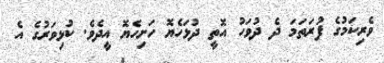
ވެރިކަމުގެ ފުރަތަމަ ދެ ދުވަހު އޮތީ ދުޅަހެޔޮ ހަށިހެޔޮ އީދެވެ. ކުޅިވަރުގެ އެ